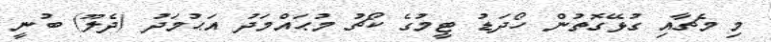
މި މެޗާއި ގުޅޭގޮތުން ހޯދަޑު ޓީމުގެ ކޯޗު މުޙައްމަދު އަޙުމަދު (ދެލޫ) ބުނީ